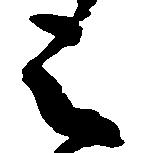
被